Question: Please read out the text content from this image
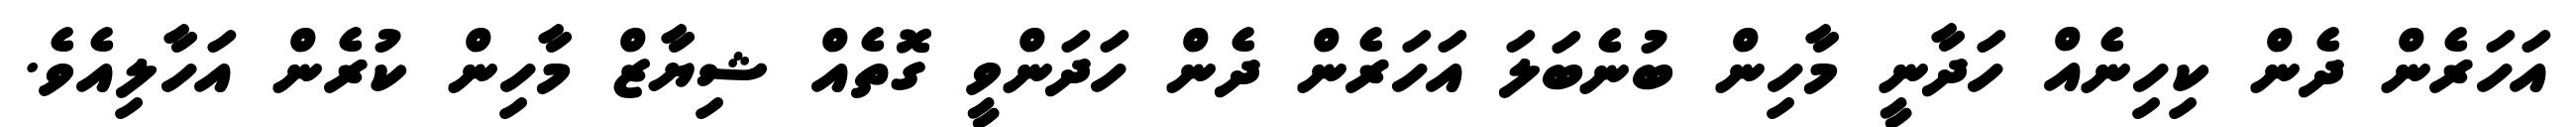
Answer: އަހަރެން ދެން ކިހިނެއް ހަދާނީ މާހިން ބުނެބަލަ އަހަރެން ދެން ހަދަންވީ ގޮތެއް ޝިޔާޒް މާހިން ކުރެން އަހާލިއެވެ.